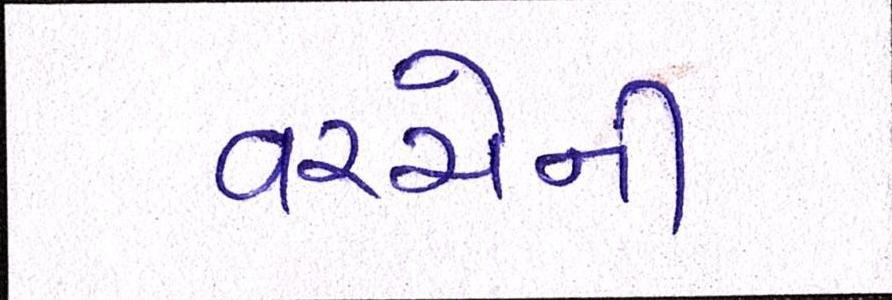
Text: વચ્ચેની